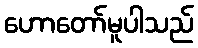
ဟောတော်မူပါသည်